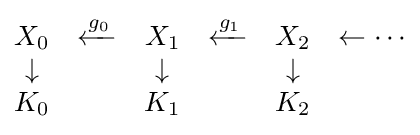
{\begin{matrix}X_{0}&\xleftarrow {g_{0}} &X_{1}&\xleftarrow {g_{1}} &X_{2}&\leftarrow \cdots \\\downarrow &&\downarrow &&\downarrow \\K_{0}&&K_{1}&&K_{2}\end{matrix}}